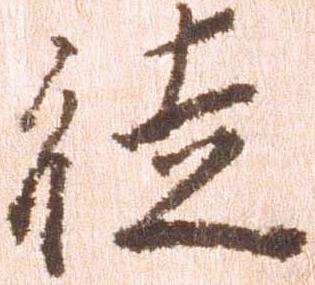
徒